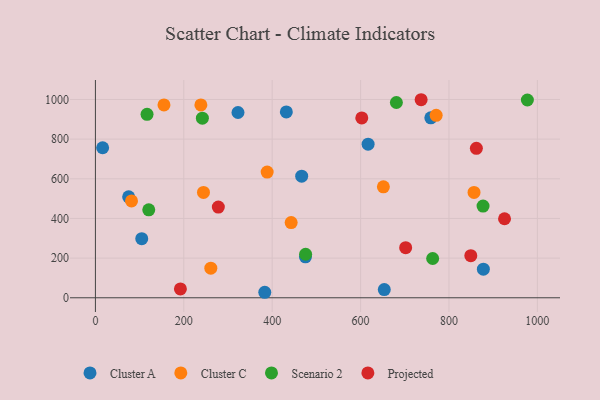
{"axis": {"x": "Engine Size", "y": "Yield"}, "legend": ["Cluster A", "Cluster C", "Projected", "Scenario 2"], "data": [{"x": "617.0", "y": 774.7, "type": "Cluster A"}, {"x": "432.0", "y": 937.3, "type": "Cluster A"}, {"x": "877.8", "y": 144.1, "type": "Cluster A"}, {"x": "466.7", "y": 613.3, "type": "Cluster A"}, {"x": "758.9", "y": 907.6, "type": "Cluster A"}, {"x": "16.3", "y": 756.6, "type": "Cluster A"}, {"x": "75.2", "y": 508.9, "type": "Cluster A"}, {"x": "383.2", "y": 27.7, "type": "Cluster A"}, {"x": "322.6", "y": 934.3, "type": "Cluster A"}, {"x": "104.8", "y": 297.8, "type": "Cluster A"}, {"x": "653.6", "y": 41.2, "type": "Cluster A"}, {"x": "475.2", "y": 206.6, "type": "Cluster A"}, {"x": "388.6", "y": 633.9, "type": "Cluster C"}, {"x": "238.6", "y": 972.7, "type": "Cluster C"}, {"x": "651.6", "y": 559.6, "type": "Cluster C"}, {"x": "771.0", "y": 920.2, "type": "Cluster C"}, {"x": "81.7", "y": 488.5, "type": "Cluster C"}, {"x": "856.7", "y": 531.2, "type": "Cluster C"}, {"x": "244.5", "y": 531.1, "type": "Cluster C"}, {"x": "155.1", "y": 972.6, "type": "Cluster C"}, {"x": "261.1", "y": 149.0, "type": "Cluster C"}, {"x": "442.9", "y": 379.1, "type": "Cluster C"}, {"x": "116.8", "y": 925.3, "type": "Scenario 2"}, {"x": "120.7", "y": 443.5, "type": "Scenario 2"}, {"x": "977.4", "y": 997.4, "type": "Scenario 2"}, {"x": "242.0", "y": 905.5, "type": "Scenario 2"}, {"x": "877.1", "y": 462.2, "type": "Scenario 2"}, {"x": "681.0", "y": 984.7, "type": "Scenario 2"}, {"x": "763.1", "y": 198.1, "type": "Scenario 2"}, {"x": "475.6", "y": 219.4, "type": "Scenario 2"}, {"x": "925.7", "y": 398.4, "type": "Projected"}, {"x": "737.0", "y": 998.7, "type": "Projected"}, {"x": "849.4", "y": 212.4, "type": "Projected"}, {"x": "278.1", "y": 457.2, "type": "Projected"}, {"x": "702.0", "y": 252.5, "type": "Projected"}, {"x": "602.7", "y": 907.0, "type": "Projected"}, {"x": "862.0", "y": 753.6, "type": "Projected"}, {"x": "192.3", "y": 44.4, "type": "Projected"}]}